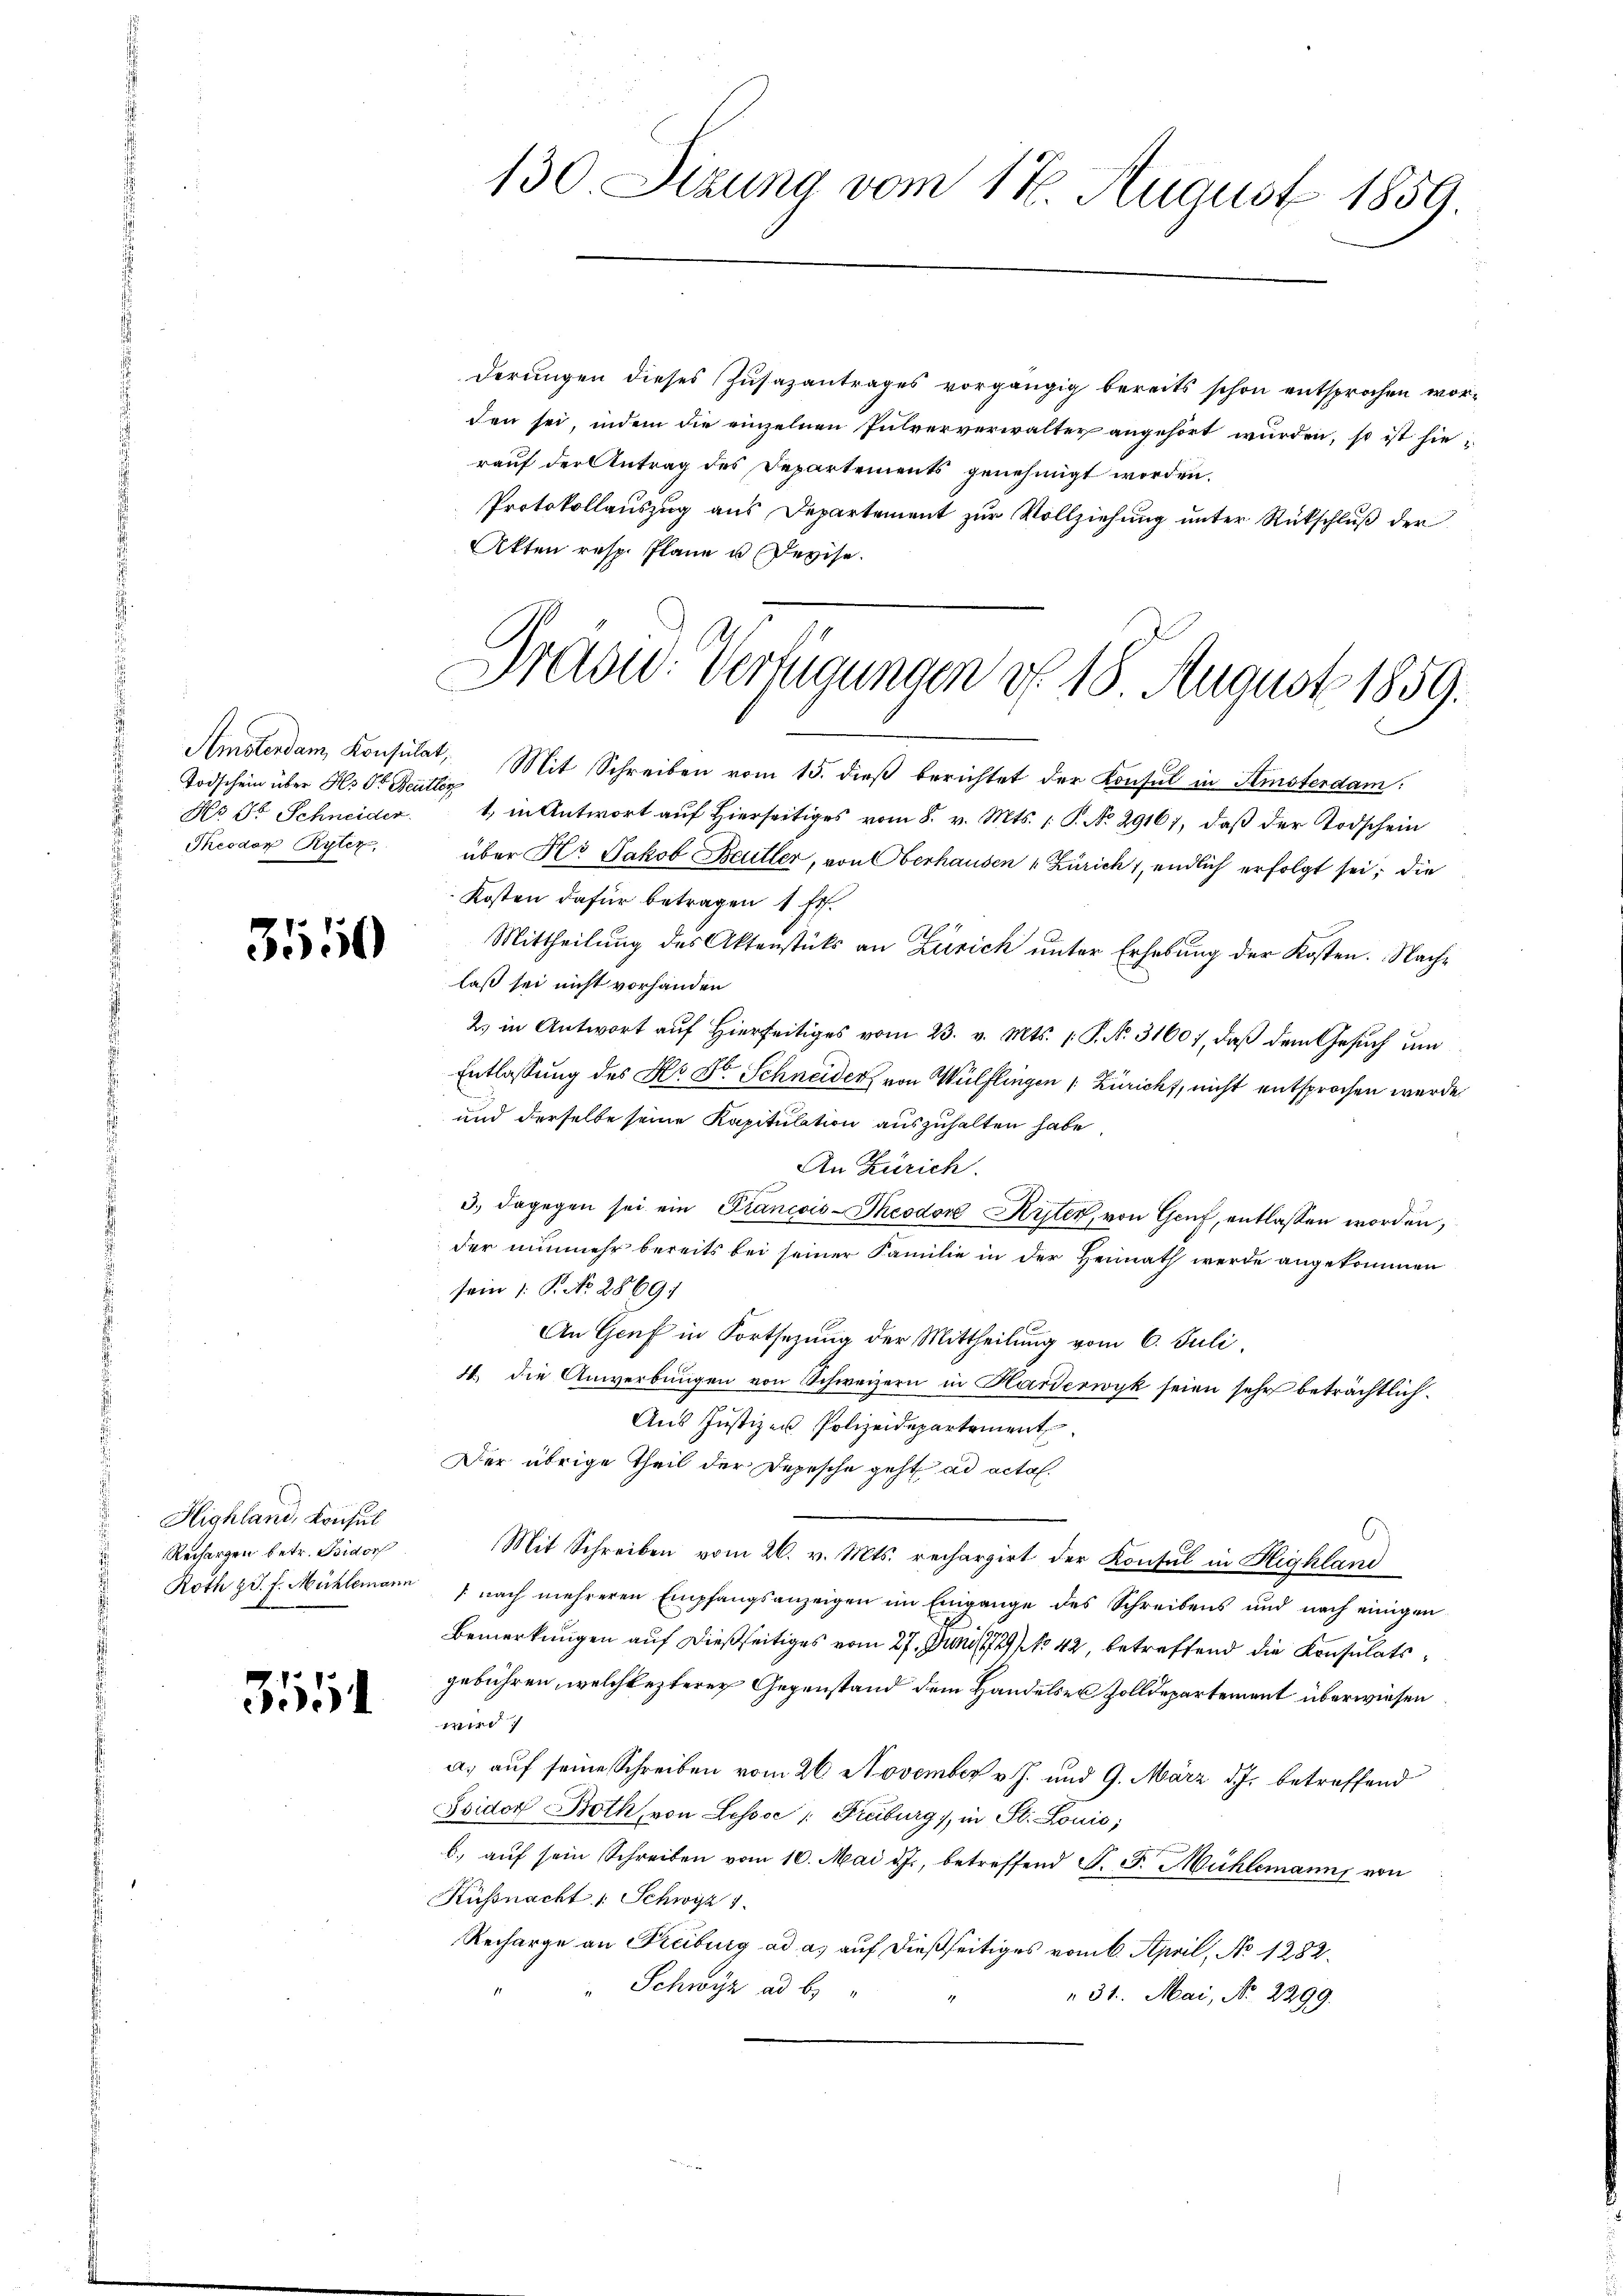
Todschein über Hr Dr. Butter
Theodor Ryter

3550

Highland, Konsul
Rechargen betr. Bidor

3551

derungen dieses Zusazantrages vorgängig bereits schon entsprochen worden sei, indem die einzelnen Pulververwalter angehört wurden, so ist hierauf der Antrag des Departements genehmigt worden.
Protokollauszug aus Departement zur Vollziehung unter Rückschluß der
Akten resp. Plane u Devise.

130. Sizung vom 17. August 1859.

Amsterdam Konsulat, Mit Schreiben vom 15. dieβ berichtet der Konsul in Stinsterdam.
No Dr. Schneider 1, in Antwort auf Hierseitiges vom 8. v. Mts. 1. P. No 29167, daß der Todschein
über Hr Jakob Baitler, von Oberhausen Zürich, endlich erfolgt sei; die
Kosten dafür betragen 1 Fr.
Mittheilung des Aktenstücks an Zürich unter Erhebung der Kosten. Nachlaß sei nicht vorhanden
2. in Antwort aŭf hierseits vom 23. v. Mts. 1. P. Nr. 31607, daβ dem Gesŭch ŭm
Entlassung des Hr. Dr. Schneider von Wülflingen (Züricht, nicht entsprochen werde.
und derselbe seine Kapitulation auszuhalten habe
An Zürich.
3. dagegen sei ein Francois-Theodor Kriter, von Genf, entlassen worden,
der nunmehr bereits bei seiner Familie in der Heimath werde angekommen
sein 1. P. No. 2869.
An Genf in Fortsezung der Mittheilung vom 6. Juli,
4. die Anwerbungen von Schweizern in Harderwyk seien sehr beträchtlich¬
Aus Justizen Polizeidepartement
Der übrige Theil der Depesche geht ad acta.
Mit Schreiben vom 26. v. Mts. rechargirt der Konsul in Highland
Roth d. J. Mühlemann 1 nach mehreren Empfangsanzeigen im Eingange des Schreibens und nach einigen
Bemerkungen auf dießseitiges vom 27. Juni 1929 No 42, betreffend die Konsulatsgebühren, welchesterer Gegenstand dem Handelser Zolldepartement überwiesen
wird
a. auf seine Schreiben vom 26. November v. J. und 9. März d. J. betreffend
Jsidor Both, von Lessse: Freiburg), in St. Louis;
b. auf sein Schreiben vom 10. Mai d. J., betreffend F. J. Mühlemann, von
Küssnacht : Schwyz 1
Recharge an Reiburg ad a. auf dießseitiges vom 6. April, No 1282.
" Schwyz ad b.
 31. Mai, No. 2299.
1

Dradu: Verfügungen d. 18. August 1859.